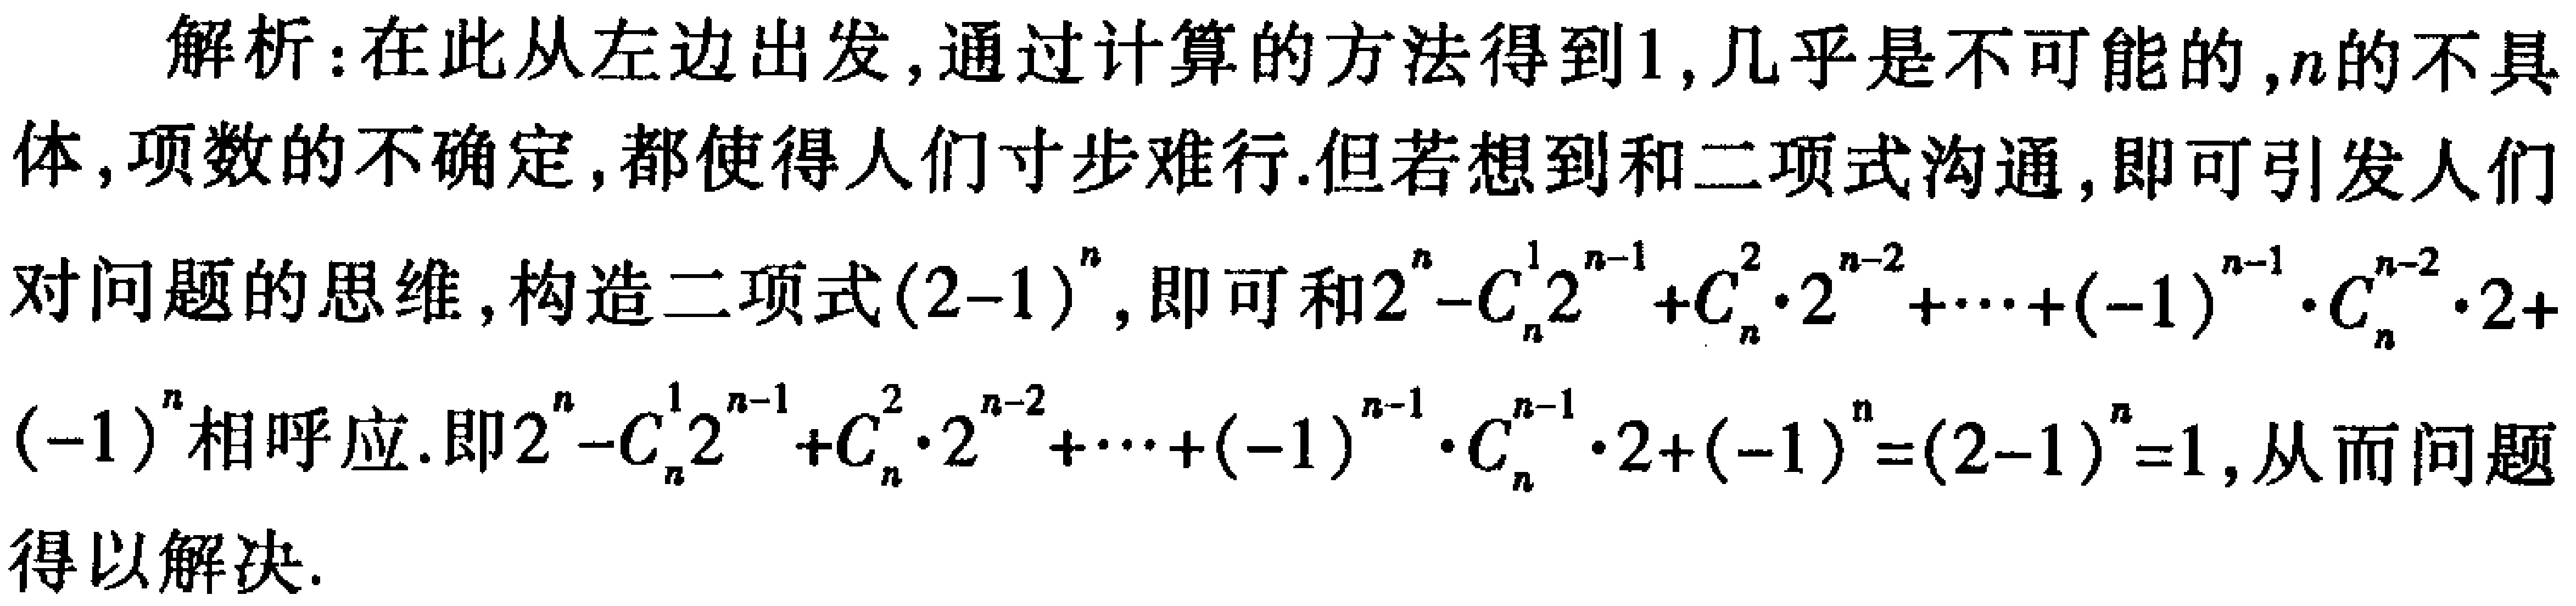
解析：在此从左边出发,通过计算的方法得到1,几乎是不可能的,$n$的不具体,项数的不确定,都使得人们寸步难行.但若想到和二项式沟通,即可引发人们对问题的思维,构造二项式$(2 - 1)^n$,即可和$2^n - C_{n}^{1}2^{n - 1} + C_{n}^{2}\cdot2^{n - 2} + \cdots + (-1)^{n - 1}\cdot C_{n}^{n - 2}\cdot2 + (-1)^n$相呼应.即$2^n - C_{n}^{1}2^{n - 1} + C_{n}^{2}\cdot2^{n - 2} + \cdots + (-1)^{n - 1}\cdot C_{n}^{n - 1}\cdot2 + (-1)^n = (2 - 1)^n = 1$,从而问题得以解决.